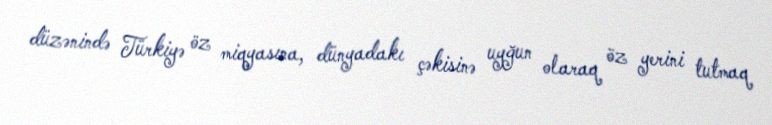
düzənində Türkiyə öz miqyasına, dünyadakı çəkisinə uyğun olaraq öz yerini tutmaq